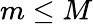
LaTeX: m\le M